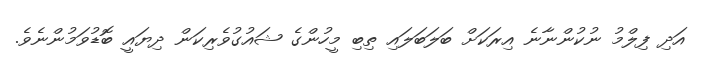
އަދި ފިލްމު ނުކުންނާނެ އިރަކަށް ބަލަބަލައި ތިބި މީހުންގެ ޝައުގުވެރިކަން ދިޔައީ ބޮޑުވަމުންނެވެ.